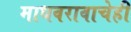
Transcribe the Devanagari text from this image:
माधवरावाचेही